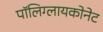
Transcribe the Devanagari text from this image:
पॉलिग्लायकोनेट